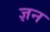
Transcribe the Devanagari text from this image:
ज्ञन